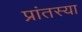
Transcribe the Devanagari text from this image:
प्रांतस्या